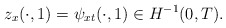
\begin{align*}z_x(\cdot,1)=\psi_{xt}(\cdot,1)\in H^{-1}(0,T).\end{align*}